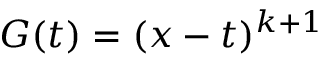
\ G ( t ) = ( x - t ) ^ { k + 1 }